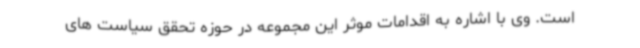
است. وی با اشاره به اقدامات موثر این مجموعه در حوزه تحقق سیاست های